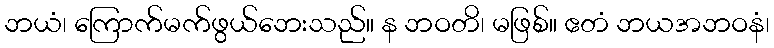
ဘယံ၊ ကြောက်မက်ဖွယ်ဘေးသည်။ န ဘဝတိ၊ မဖြစ်။ ဧတံ ဘယအဘဝနံ၊